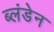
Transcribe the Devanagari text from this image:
ब्लंडेन